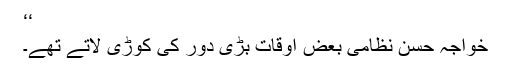
‘‘
خواجہ حسن نظامی بعض اوقات بڑی دور کی کوڑی لاتے تھے۔